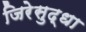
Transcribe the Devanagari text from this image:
जिरेसुद्धा